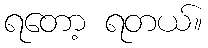
ရတော့ ရတယ်။